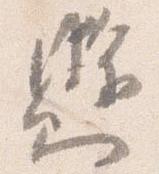
懸